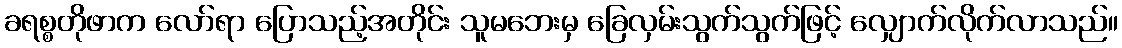
ခရစ္စတိုဖာက လော်ရာ ပြောသည့်အတိုင်း သူမဘေးမှ ခြေလှမ်းသွက်သွက်ဖြင့် လျှောက်လိုက်လာသည်။